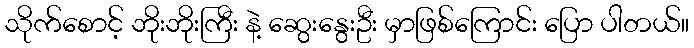
သိုက်စောင့် ဘိုးဘိုးကြီး နဲ့ ဆွေးနွေးဦး မှာဖြစ်ကြောင်း ပြော ပါတယ်။